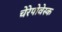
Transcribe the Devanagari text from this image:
चेरेपोवेस्क